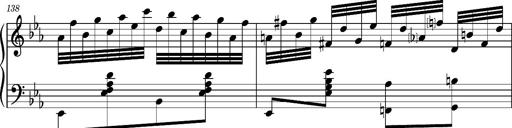
Title: Magyar rapszÃ³diÃ¡k
Composer: Franz Liszt